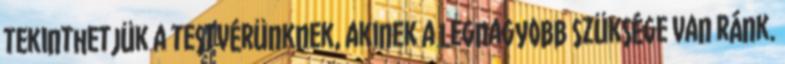
tekinthetjük a testvérünknek, akinek a legnagyobb szüksége van ránk.